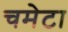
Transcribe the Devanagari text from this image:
चमेटा